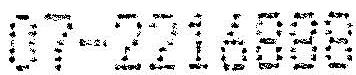
07-2216888